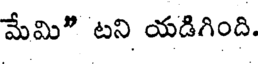
మేమి" టని యడిగింది.